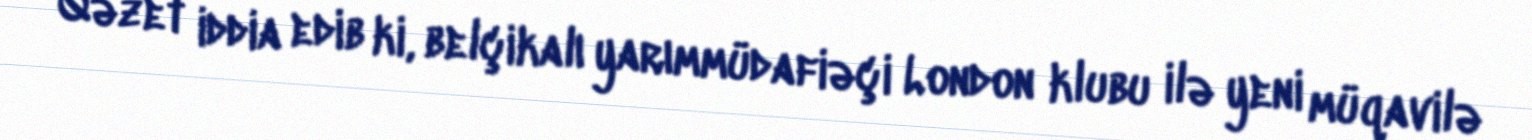
Qəzet iddia edib ki, belçikalı yarımmüdafiəçi London klubu ilə yeni müqavilə